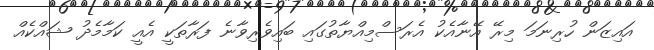
އައިޒަން ހުރިނަމަ މިރޭ އޭނާއެކު އެރަސްމިއްޔާތުގައި ބައިވެރިވާނެ ފަރާތަކީ އެއީ ކަމާމެދު ޝައްކެއް